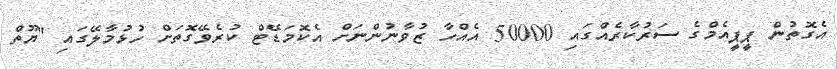
އެގޮތުން ޕީޕީއެމްގެ ސަރުކާރެއްގައި 50000 އެއްހާ ޒުވާނުންނަށް އެކޮމަޑޭޓް ކުރެވޭގޮތަށް ހުޅުމާލޭގައި "ޔޫތް